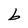
Character: b